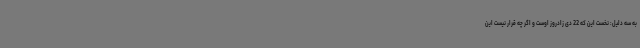
به سه دلیل: نخست این که 22 دی زادروز اوست و اگر چه قرار نیست این